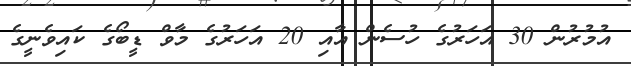
އުމުރުން 30 އަހަރުގެ ހުސެން އާއި 20 އަހަރުގެ މާވް ޑީބޯގެ ކައިވެނީގެ